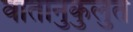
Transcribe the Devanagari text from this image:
वातानुकुलुत